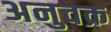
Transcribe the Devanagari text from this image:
अनुवक्र